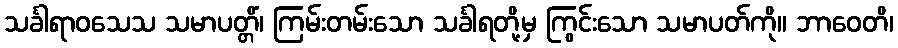
သင်္ခါရာဝသေသ သမာပတ္တိံ၊ ကြမ်းတမ်းသော သင်္ခါရတို့မှ ကြွင်းသော သမာပတ်ကို။ ဘာဝေတိ၊